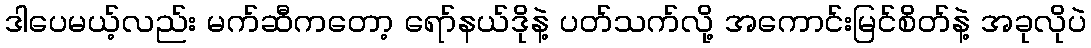
ဒါပေမယ့်လည်း မက်ဆီကတော့ ရော်နယ်ဒိုနဲ့ ပတ်သက်လို့ အကောင်းမြင်စိတ်နဲ့ အခုလိုပဲ